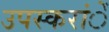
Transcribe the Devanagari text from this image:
उपस्करांें